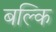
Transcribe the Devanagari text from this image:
बल्कि